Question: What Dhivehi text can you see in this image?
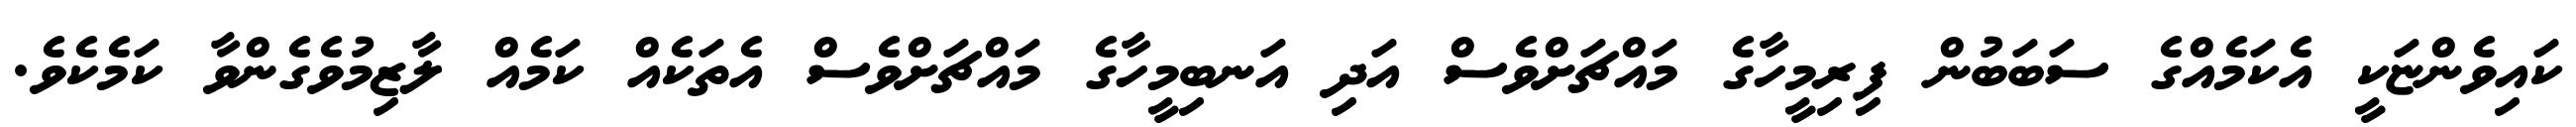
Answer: ކައިވެންޏަކީ އެކަމެއްގެ ސަބަބުން ފިރިމީހާގެ މައްޗަށްވެސް އަދި އަނބިމީހާގެ މައްޗަށްވެސް އެތަކެއް ކަމެއް ލާޒިމުވެގެންވާ ކަމެކެވެ.